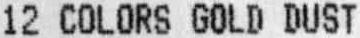
12 COLORS GOLD DUST